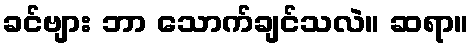
ခင်ဗျား ဘာ သောက်ချင်သလဲ။ ဆရာ။